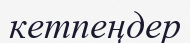
кетпеңдер